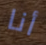
أنا